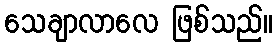
သေချာလာလေ ဖြစ်သည်။